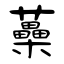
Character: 蘽